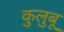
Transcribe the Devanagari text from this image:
कुलुबू